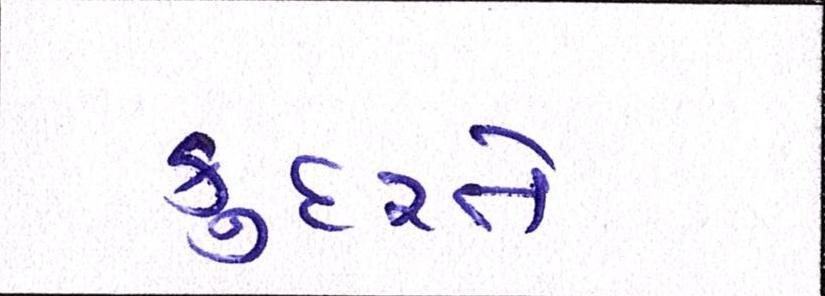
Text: કુદરતે